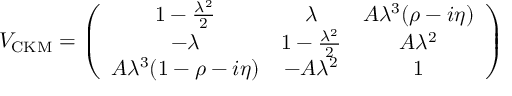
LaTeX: V _ { \mathrm { C K M } } = \left( \begin{array} { c c c } { { 1 - \frac { \lambda ^ { 2 } } { 2 } } } & { { \lambda } } & { { A \lambda ^ { 3 } ( \rho - i \eta ) } } \\ { { - \lambda } } & { { 1 - \frac { \lambda ^ { 2 } } { 2 } } } & { { A \lambda ^ { 2 } } } \\ { { A \lambda ^ { 3 } ( 1 - \rho - i \eta ) } } & { { - A \lambda ^ { 2 } } } & { { 1 } } \end{array} \right)